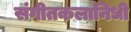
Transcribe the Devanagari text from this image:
संगीतकलानिधी